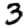
Digit: 3